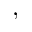
,